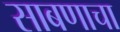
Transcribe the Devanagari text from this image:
साबणाचा